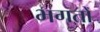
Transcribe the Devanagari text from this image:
भगतोँ